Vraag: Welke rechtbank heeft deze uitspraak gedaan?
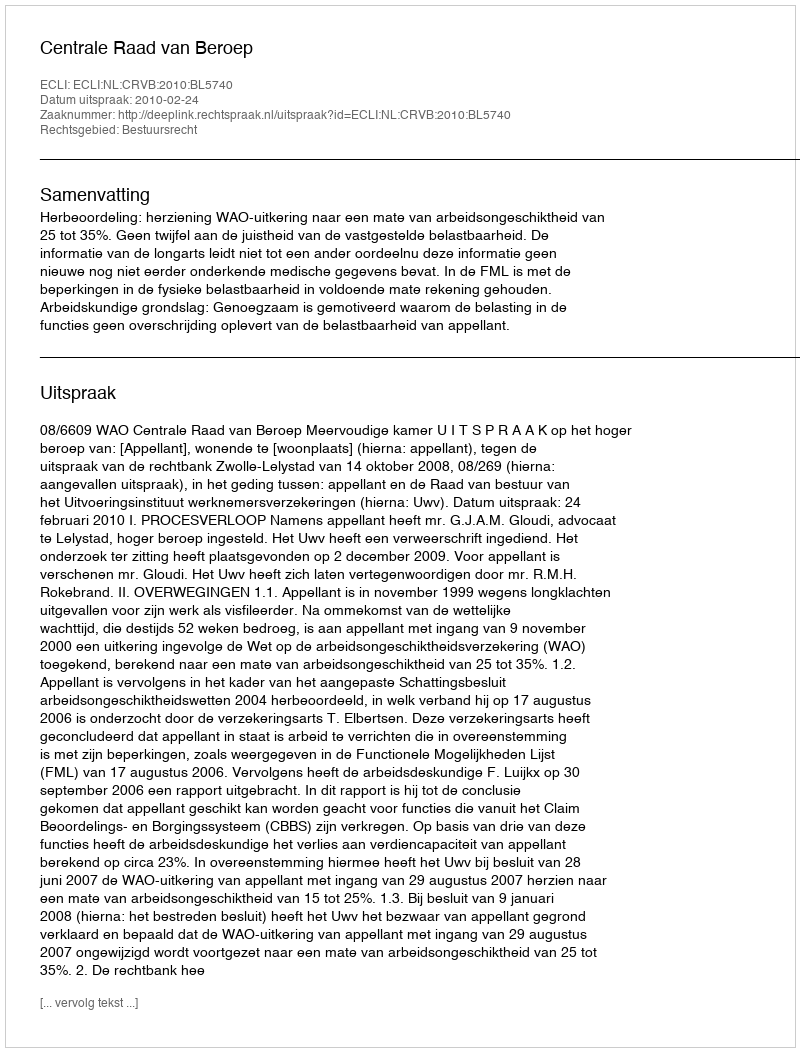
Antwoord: Centrale Raad van Beroep